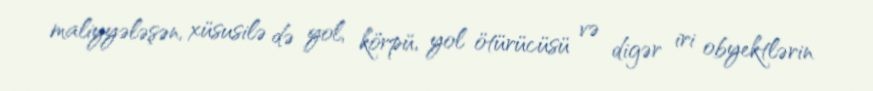
maliyyələşən, xüsusilə də yol, körpü, yol ötürücüsü və digər iri obyektlərin